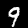
Label: 9